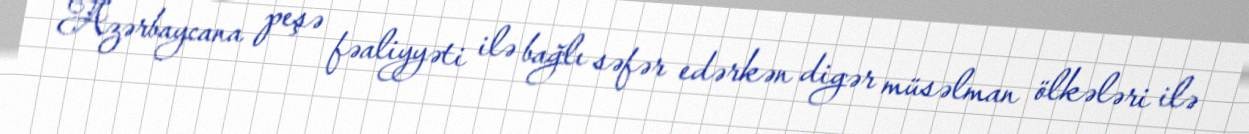
Azərbaycana peşə fəaliyyəti ilə bağlı səfər edərkən digər müsəlman ölkələri ilə